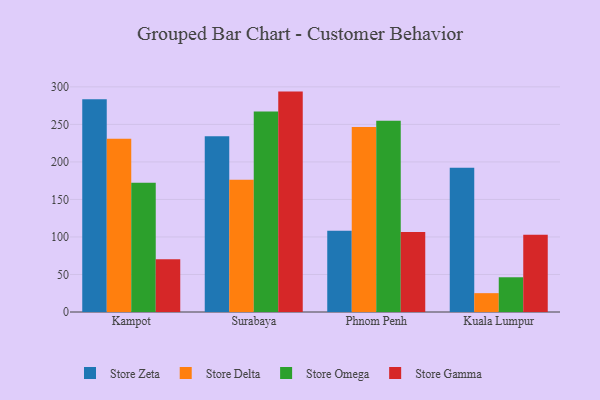
{"axis": {"x": "City", "y": "Gross Profit (USD K)"}, "legend": ["Store Delta", "Store Gamma", "Store Omega", "Store Zeta"], "data": [{"x": "Kampot", "y": 283.6, "type": "Store Zeta"}, {"x": "Kampot", "y": 231.0, "type": "Store Delta"}, {"x": "Kampot", "y": 172.1, "type": "Store Omega"}, {"x": "Kampot", "y": 70.2, "type": "Store Gamma"}, {"x": "Surabaya", "y": 234.3, "type": "Store Zeta"}, {"x": "Surabaya", "y": 176.3, "type": "Store Delta"}, {"x": "Surabaya", "y": 267.2, "type": "Store Omega"}, {"x": "Surabaya", "y": 293.7, "type": "Store Gamma"}, {"x": "Phnom Penh", "y": 108.4, "type": "Store Zeta"}, {"x": "Phnom Penh", "y": 246.4, "type": "Store Delta"}, {"x": "Phnom Penh", "y": 255.0, "type": "Store Omega"}, {"x": "Phnom Penh", "y": 106.7, "type": "Store Gamma"}, {"x": "Kuala Lumpur", "y": 192.3, "type": "Store Zeta"}, {"x": "Kuala Lumpur", "y": 25.1, "type": "Store Delta"}, {"x": "Kuala Lumpur", "y": 46.3, "type": "Store Omega"}, {"x": "Kuala Lumpur", "y": 103.1, "type": "Store Gamma"}]}